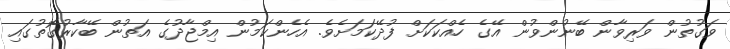
ވަގުތުން ވަރިވާން ބޭނުންވުން އޭގެ ހެއްކަކަށް ފުދޭކަމަށެވެ. އެހެންކަމުން އިމްޖާދުގެ އަތުން ބޭކާރުގޮތުގައި